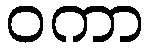
ဝကာ